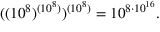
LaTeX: ( ( 1 0 ^ { 8 } ) ^ { ( 1 0 ^ { 8 } ) } ) ^ { ( 1 0 ^ { 8 } ) } = 1 0 ^ { 8 \cdot 1 0 ^ { 1 6 } } .